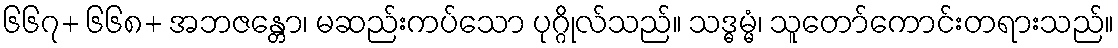
၆၆၇+ ၆၆၈+ အဘဇန္တော၊ မဆည်းကပ်သော ပုဂ္ဂိုလ်သည်။ သဒ္ဓမ္မံ၊ သူတော်ကောင်းတရားသည်။